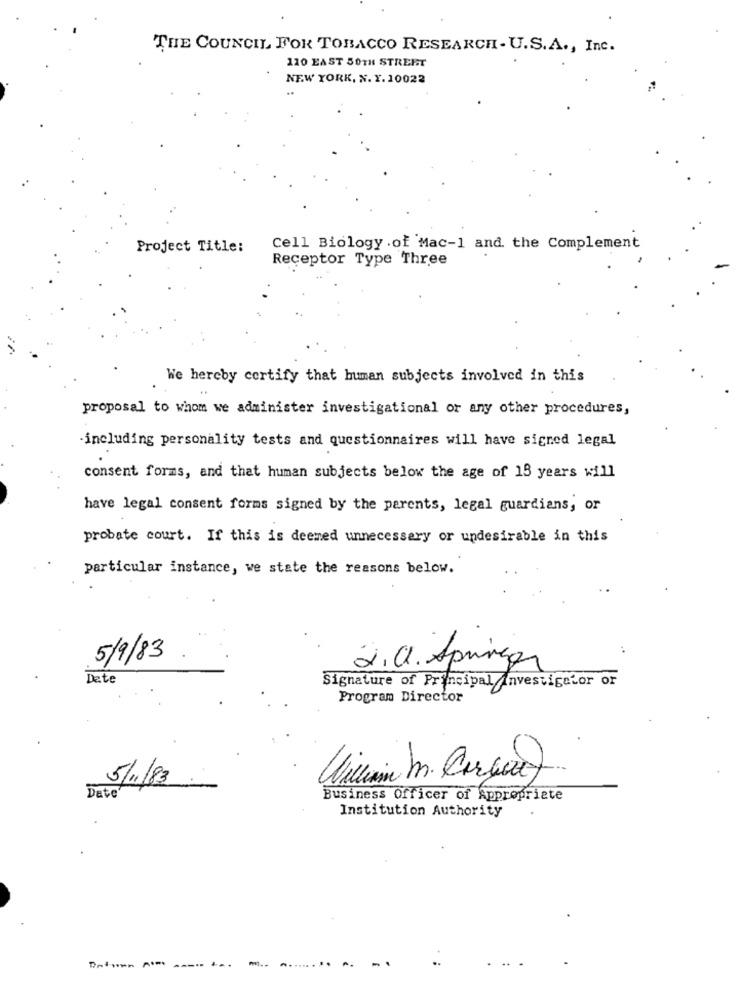
THE COUNCIL FOR TOBACCO RESEARCH - U.S.A ., Inc.
110 EAST 50TH STREET
NEW YORK, N. Y. 10022
Project Title:
Cell Biology .of Mac-1 and. the Complement
Receptor Type Three
We hereby cortify that human subjects involved in this
proposal to whom we administer investigational or any other procedures,
-including personality tests and questionnaires will have signed legal
consent forms, and that human subjects below the age of 15 years will
have legal consent forms signed by the parents, legal guardians, or
probate court. If this is deemed unnecessary or undesirable in this
particular instance, we state the reasons below.
5/9/83
2. a. Springer
Date
Signature of Principal Investigator or
Program Director
5/11/83
Date
Business Officer of Appropriate
Institution Authority
-